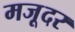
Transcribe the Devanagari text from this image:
मजूदर